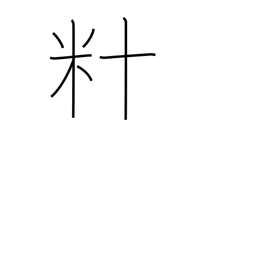
Meaning: dekametre